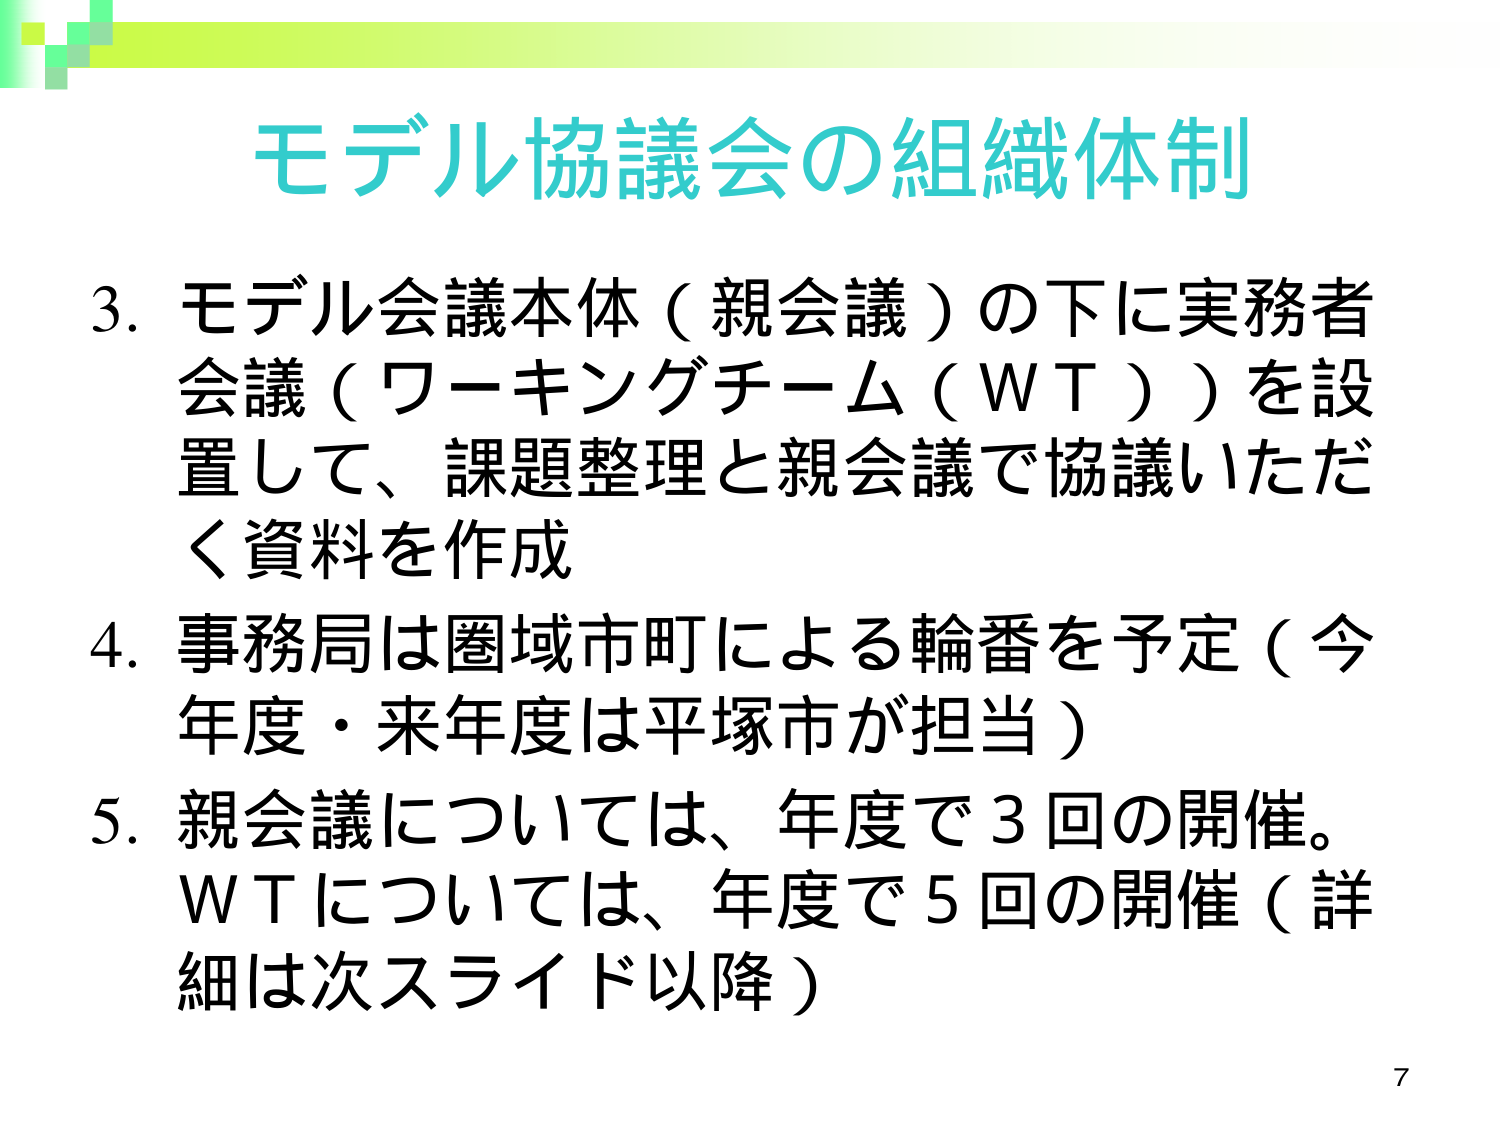
モデル協議会の組織体制

3. モデル会議本体（親会議）の下に実務者会議（ワーキングチーム（WT））を設置して、課題整理と親会議で協議いただく資料を作成

4. 事務局は圏域市町による輪番を予定（今年度・来年度は平塚市が担当）

5. 親会議については、年度で3回の開催。WTについては、年度で5回の開催（詳細は次スライド以降）

7